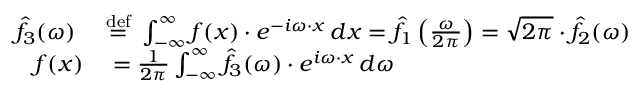
\begin{array} { r l } { { \hat { f } } _ { 3 } ( \omega ) \ } & { { } { \stackrel { \mathrm { d e f } } { = } } \ \int _ { - \infty } ^ { \infty } f ( x ) \cdot e ^ { - i \omega \cdot x } \, d x = { \hat { f } } _ { 1 } \left( { \frac { \omega } { 2 \pi } } \right) = { \sqrt { 2 \pi } } \cdot { \hat { f } } _ { 2 } ( \omega ) } \\ { f ( x ) } & { { } = { \frac { 1 } { 2 \pi } } \int _ { - \infty } ^ { \infty } { \hat { f } } _ { 3 } ( \omega ) \cdot e ^ { i \omega \cdot x } \, d \omega } \end{array}